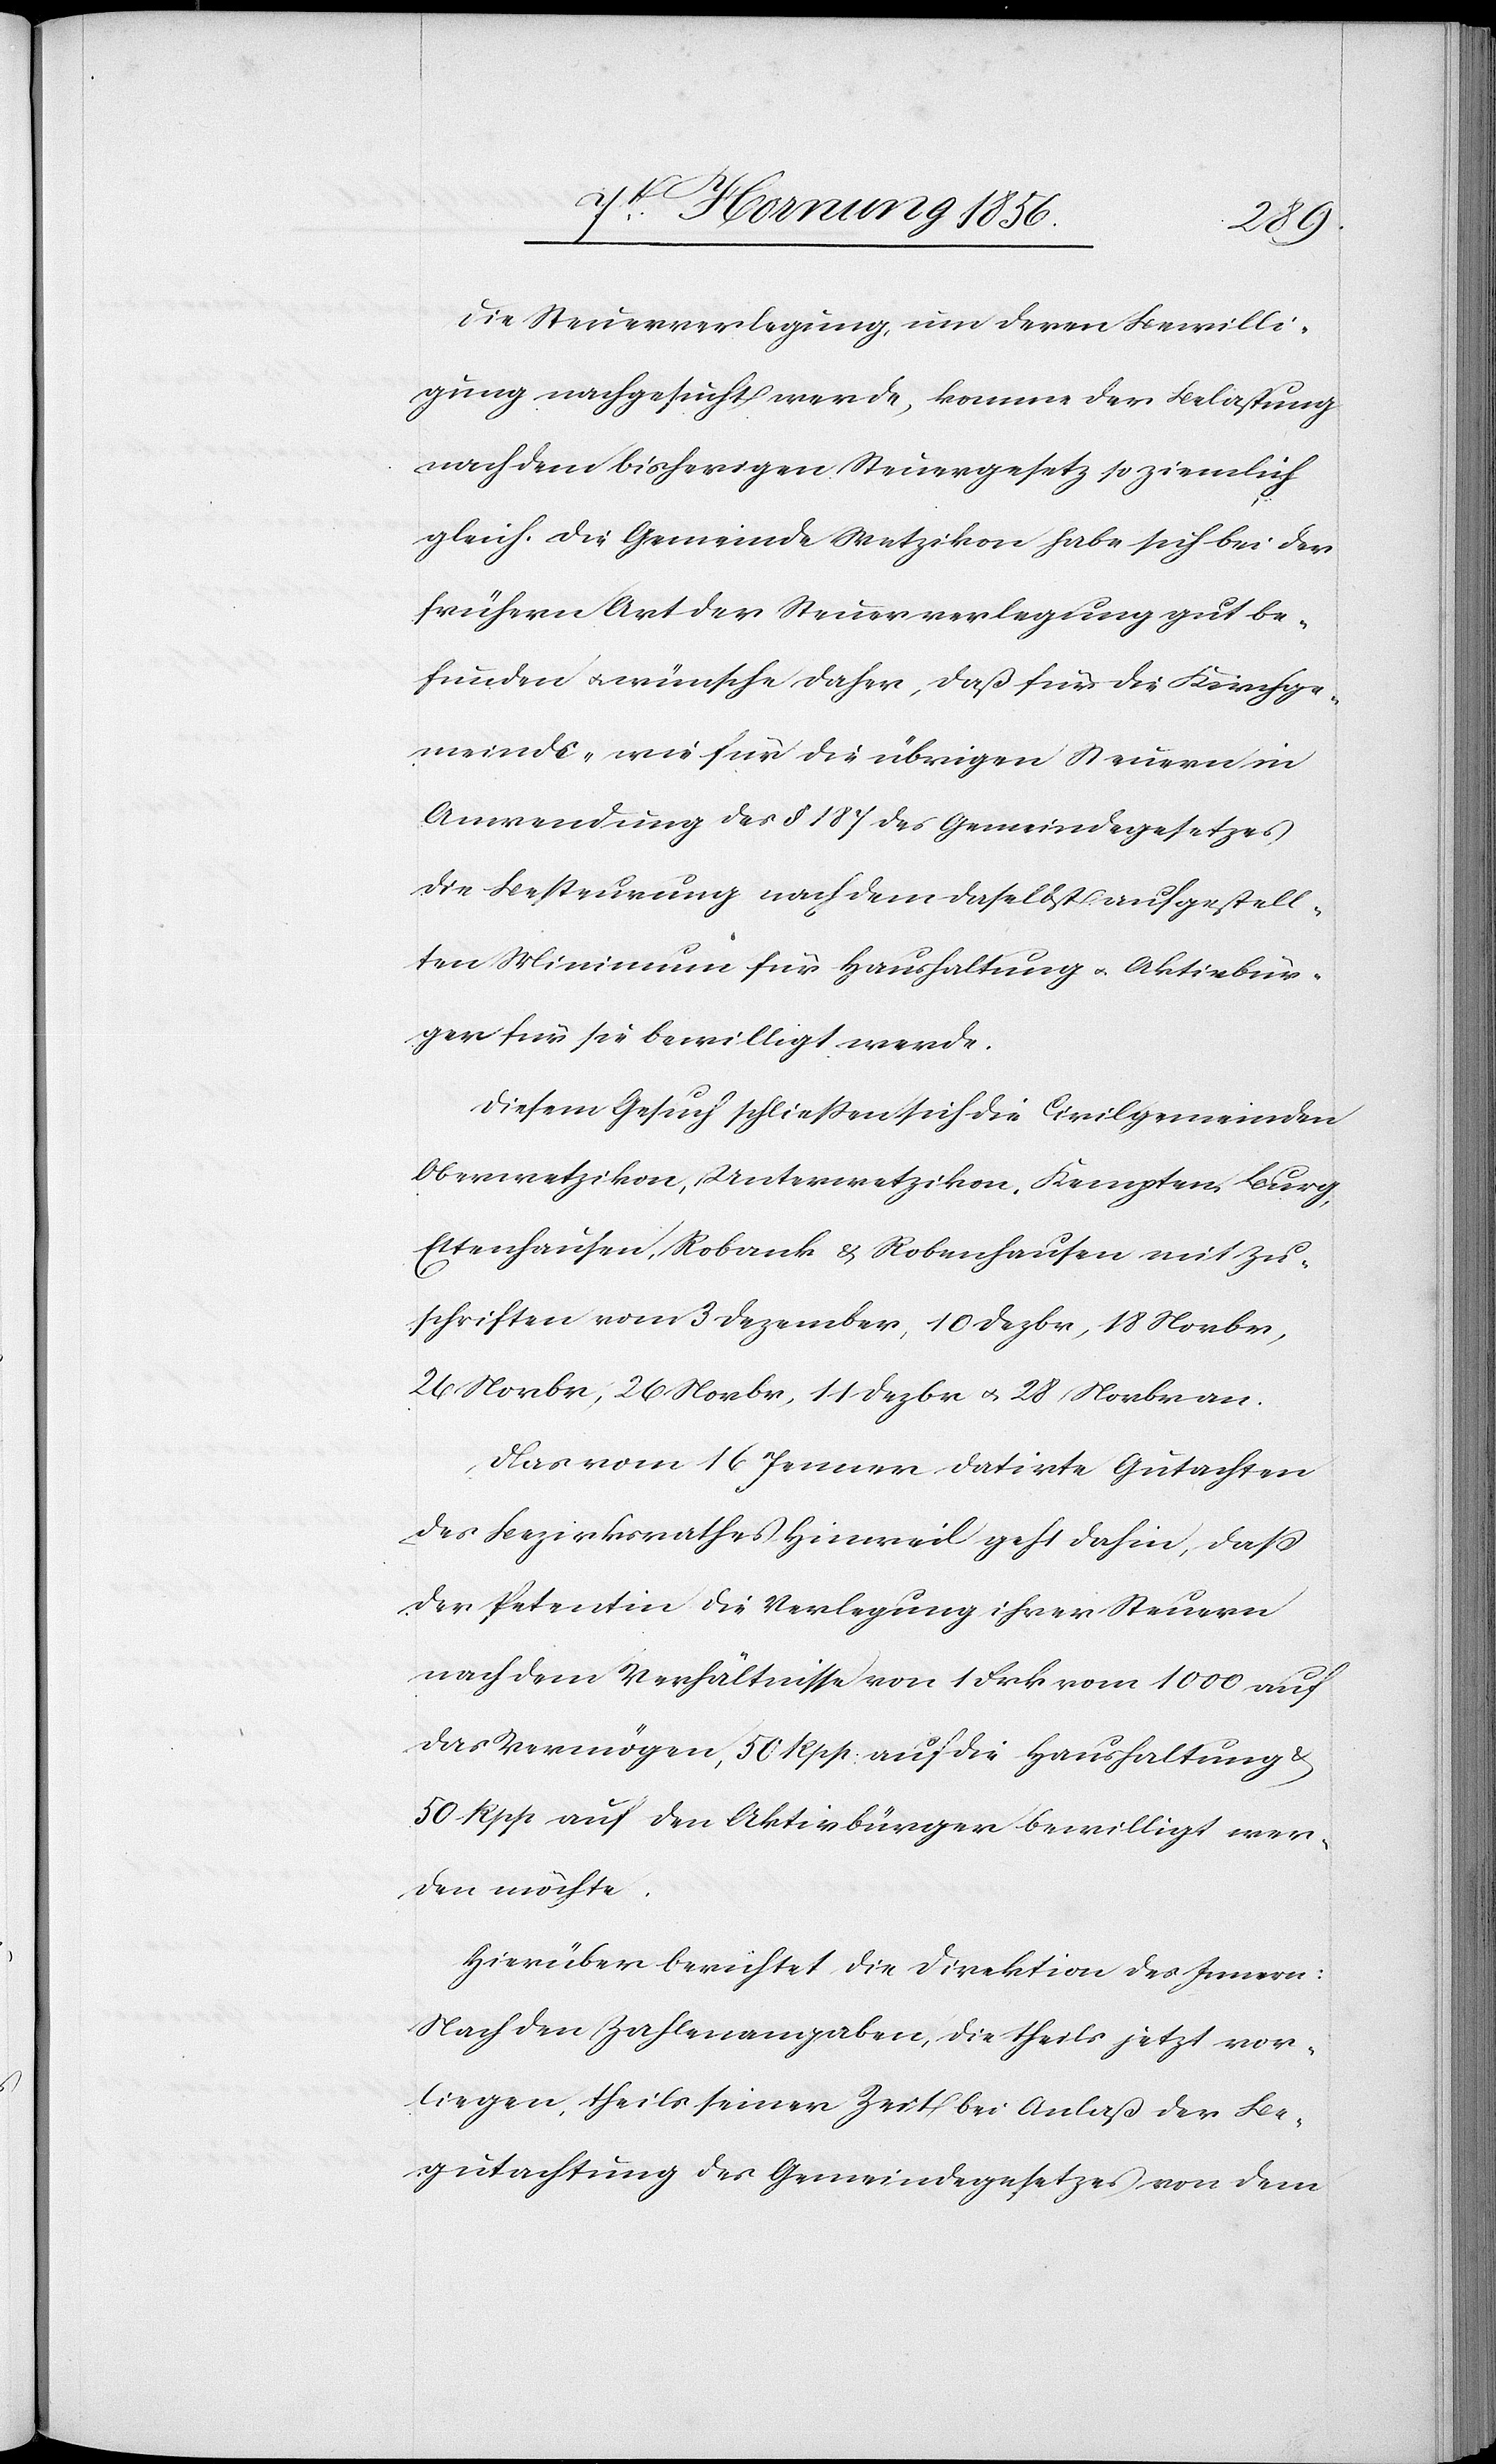
Die Steuerverlegung, um deren Bewilli¬
gung nachgesucht werde, komme der Belastung
nach dem bisherigen Steuergesetz so ziemlich
gleich, die Gemeinde Wetzikon habe sich bei der
frühern Art der Steuerverlegung gut be¬
funden u. wünsche daher, daß für die Kirchge¬
meinde- wie für die übrigen Steuern in
Anwendung des § 187 des Gemeindegesetzes
die Besteurung nach dem daselbst aufgestell¬
ten Minimum für Haushaltung u. Aktivbür¬
ger für sie bewilligt werde.
Diesem Gesuch schließen sich die Civilgemeinden
Oberwetzikon, Unterwetzikon, Kempten, Burg,
Ettenhausen, Robank & Robenhausen mit Zu¬
schriften vom 3 Dezember, 10 Dezbr, 18 Novbr,
26 Novbr, 11 Dezbr u. 28 Novbr an.
Das vom 16 Jenner datirte Gutachten
des Bezirksrathes Hinweil geht dahin, daß
der Petentin die Verlegung ihrer Steuern
nach dem Verhältnisse von 1 Frk vom 1000 auf
das Vermögen, 50 Rpp. auf die Haushaltung &
50 Rpp auf den Aktivbürger bewilligt wer¬
den möchte.
Hierüber berichtet die Direktion des Innern:
Nach den Zahlenangaben, die theils jetzt vor¬
liegen, theils seiner Zeit bei Anlaß der Be¬
gutachtung des Gemeindegesetzes von dem